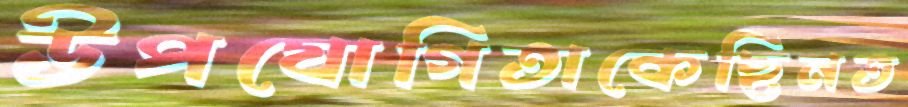
উপযোগিতাকেছিনত